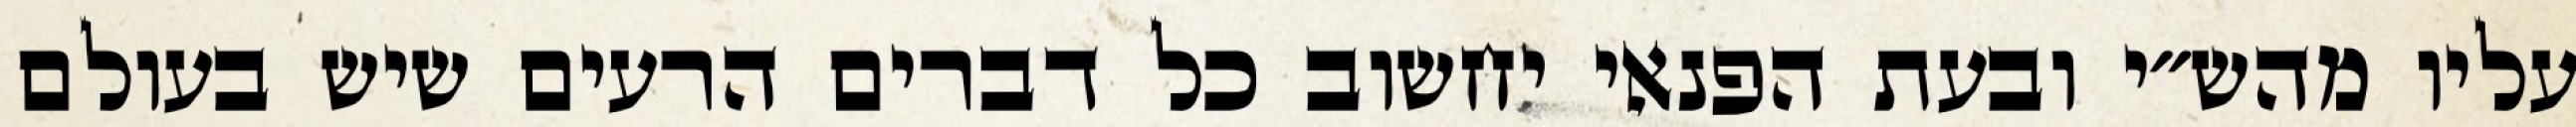
עליו מהש״י ובעת הפנאי יחשוב כל דברים הרעים שיש בעולם